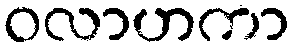
ဝလာဟကာ